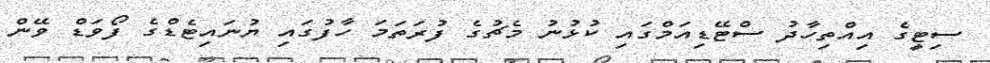
ސިޓީގެ އިއްތިހާދު ސްޓޭޑިއަމްގައި ކުޅުނު މެޗުގެ ފުރަތަމަ ހާފުގައި ޔުނައިޓެޑްގެ ފޯވަޑް ވޭން